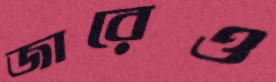
জারেও